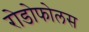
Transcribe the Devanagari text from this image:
रोडोफोलस